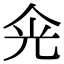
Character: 𠈑